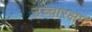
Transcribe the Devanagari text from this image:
उच्चारक्षम